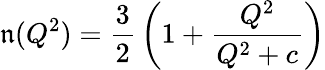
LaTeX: \mathfrak{n}(Q^{2})={\frac{{3}}{{2}}}\left(1+{\frac{{Q^{2}}}{{Q^{2}+c}}}\right)